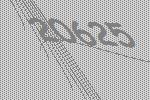
20625